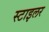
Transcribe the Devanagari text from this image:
स्टाइलर